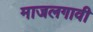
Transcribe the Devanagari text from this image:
माजलगावी